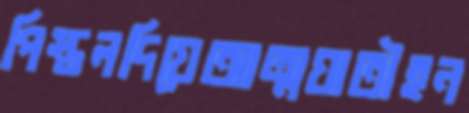
পিস্তলদিয়েআত্মঘাতীহন